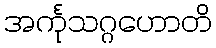
အင်္ကုသဂ္ဂဟောတိ